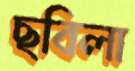
ছবিলা